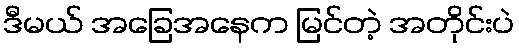
ဒီမယ် အခြေအနေက မြင်တဲ့ အတိုင်းပဲ